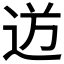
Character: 𮞍